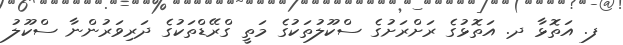
ފ. އަތޮޅާ ދ. އަތޮޅުގެ ރަށްރަށުގެ ސްކޫލުތަކުގެ މަތީ ގްރޭޑްތަކުގެ ދަރިވަރުންނާ ސްކޫލު